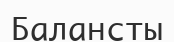
Балансты